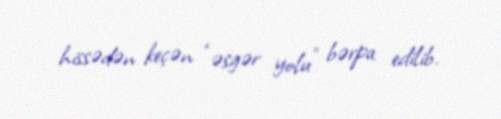
hissədən keçən “əsgər yolu” bərpa edilib.